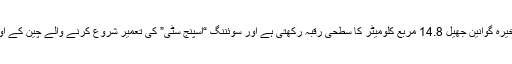
شہر کے وسط میں واقع آبی ذخیرہ گوانین جھیل 14.8 مربع کلومیٹر کا سطحی رقبہ رکھتی ہے اور سوئننگ “اسپنج سٹی” کی تعمیر شروع کرنے والے چین کے اولین شہروں میں سے ایک ہے۔